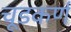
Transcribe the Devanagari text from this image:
चूडकर्ण